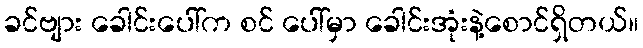
ခင်ဗျား ခေါင်းပေါ်က စင် ပေါ်မှာ ခေါင်းအုံးနဲ့စောင်ရှိတယ်။